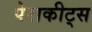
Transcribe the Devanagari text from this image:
पेराकीट्स